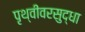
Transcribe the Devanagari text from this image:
पृथ्वीवरसुद्धा